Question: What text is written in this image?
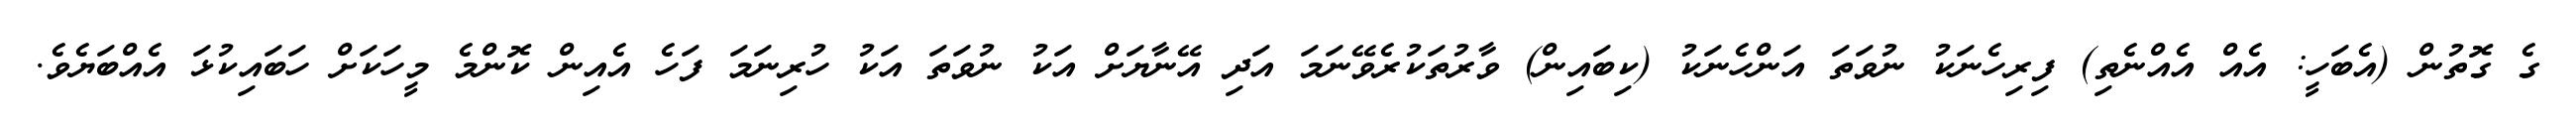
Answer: ގެ ގޮތުން (އެބަހީ: އެއް އެއްނެތި) ފިރިހެނަކު ނުވަތަ އަންހެނަކު (ކިބައިން) ވާރުތަކުރެވޭނަމަ އަދި އޭނާޔަށް އަކު ނުވަތަ އަކު ހުރިނަމަ ފަހެ އެއިން ކޮންމެ މީހަކަށް ހަބައިކުޅަ އެއްބަޔެވެ.